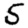
Digit: 5